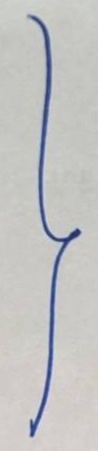
}